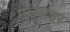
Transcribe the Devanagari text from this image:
मजुरांवर